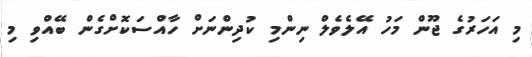
މި އަހަރުގެ ޖޫން މަހު އޭލެވެލް ނިންމި ކުދިންނަށް ހާއްސަކޮށްގެން ބޭއްވި މި